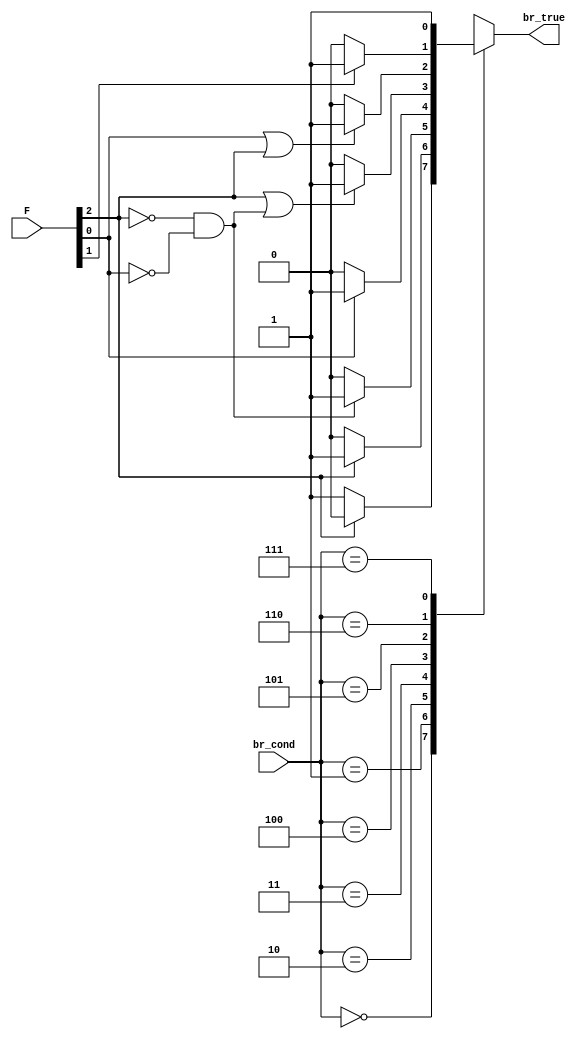
module branch_control (br_cond, F, br_true);


input [2:0] F;
input [2:0] br_cond;
output reg br_true;


always @* begin
case(br_cond)
3'b000: begin
 br_true = (F[2] == 0) ? 1'b1 : 1'b0;
 end
3'b001: begin
 br_true = (F[2] == 1) ? 1'b1 : 1'b0; 
 end
3'b010: begin
 br_true = ((F[2] == 0) & (F[0] ==0)) ? 1'b1 : 1'b0; 
 end
3'b011: begin
 br_true = (F[0] == 1) ? 1'b1 : 1'b0; 
 end
3'b100: begin
 br_true = ((F[2] == 1) | ((F[2] == 0) & (F[0] ==0)))? 1'b1 : 1'b0; 
 end
3'b101: begin
 br_true = ((F[0] == 1) | (F[2] == 1)) ? 1'b1 : 1'b0; 
 end
3'b110: begin
 br_true = (F[1] == 1) ? 1'b1 : 1'b0; 
 end
3'b111: begin
 br_true = 1'b1; 
 end
default: br_true = 1'b0;
endcase
end

endmodule